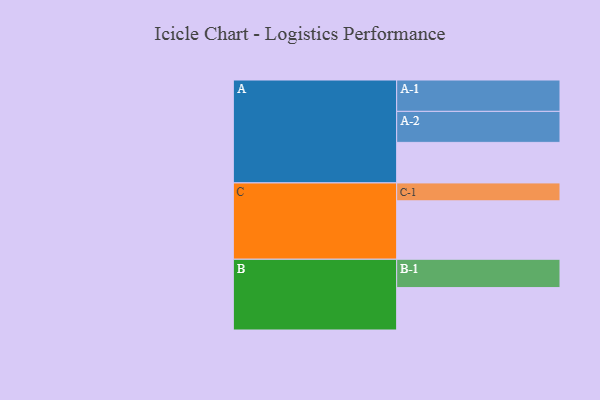
{"axis": {"x": "Segment", "y": "Value"}, "legend": ["", "A", "B", "C"], "data": [{"x": "A", "y": 349, "type": ""}, {"x": "B", "y": 365, "type": ""}, {"x": "C", "y": 503, "type": ""}, {"x": "A-1", "y": 270, "type": "A"}, {"x": "A-2", "y": 267, "type": "A"}, {"x": "B-1", "y": 244, "type": "B"}, {"x": "C-1", "y": 154, "type": "C"}]}